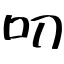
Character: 叨